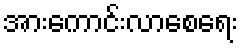
အားကောင်းလာစေရေး